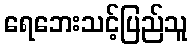
ရေဘေးသင့်ပြည်သူ